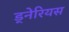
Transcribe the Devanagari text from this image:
ड्नेरियस